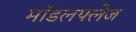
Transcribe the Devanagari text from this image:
मॉडलफ्लेज